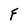
Character: F